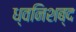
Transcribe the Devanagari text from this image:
ध्वनिशब्द